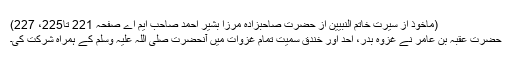
(ماخوذ از سیرت خاتم النبیینؐ از حضرت صاحبزادہ مرزا بشیر احمد صاحبؓ ایم اے صفحہ 221 تا225، 227)
حضرت عُقْبَہ بن عامر نے غزوہ بدر، اُحُد اور خندق سمیت تمام غزوات میں آنحضرت صلی اللہ علیہ وسلم کے ہمراہ شرکت کی۔